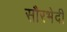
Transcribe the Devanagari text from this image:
सौरभेदी